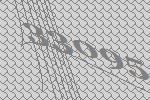
33095